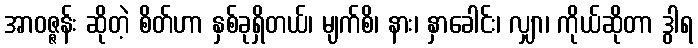
အာဝဇ္ဇန်း ဆိုတဲ့ စိတ်ဟာ နှစ်ခုရှိတယ်၊ မျက်စိ၊ နား၊ နှာခေါင်း၊ လျှာ၊ ကိုယ်ဆိုတာ ဒွါရ